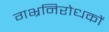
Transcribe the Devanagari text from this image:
गभ्रनिरोधकों